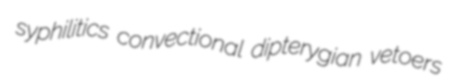
syphilitics convectional dipterygian vetoers